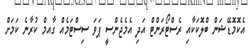
އެކޮމޮޑޭޝަން ބްލޮކަކާއި ރެސްޓޯރަންޓް އަދި އެމެޖެންސީ ޕަވަ ސިސްޓަމެއް ގާއމް ކުރާނެ ކަމަށް